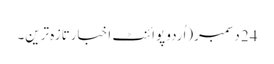
24 دسمبر(اُردو پوائنٹ اخبارتازہ ترین۔